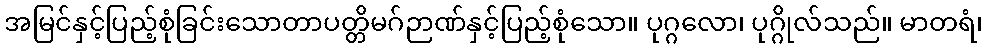
အမြင်နှင့်ပြည့်စုံခြင်းသောတာပတ္တိမဂ်ဉာဏ်နှင့်ပြည့်စုံသော။ ပုဂ္ဂလော၊ ပုဂ္ဂိုလ်သည်။ မာတရံ၊